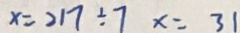
x = 2 1 7 \div 7 x = 3 1